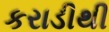
કરાડીથી